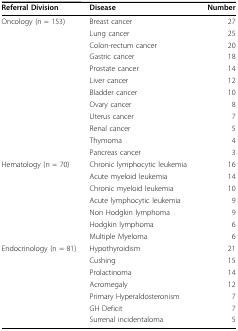
<table><thead><tr><td><b>Referral Division</b></td><td><b>Disease</b></td><td><b>Number</b></td></tr></thead><tbody><tr><td>Oncology (n = 153)</td><td>Breast cancer</td><td>27</td></tr><tr><td></td><td>Lung cancer</td><td>25</td></tr><tr><td></td><td>Colon-rectum cancer</td><td>20</td></tr><tr><td></td><td>Gastric cancer</td><td>18</td></tr><tr><td></td><td>Prostate cancer</td><td>14</td></tr><tr><td></td><td>Liver cancer</td><td>12</td></tr><tr><td></td><td>Bladder cancer</td><td>10</td></tr><tr><td></td><td>Ovary cancer</td><td>8</td></tr><tr><td></td><td>Uterus cancer</td><td>7</td></tr><tr><td></td><td>Renal cancer</td><td>5</td></tr><tr><td></td><td>Thymoma</td><td>4</td></tr><tr><td></td><td>Pancreas cancer</td><td>3</td></tr><tr><td>Hematology (n = 70)</td><td>Chronic lymphocytic leukemia</td><td>16</td></tr><tr><td></td><td>Acute myeloid leukemia</td><td>14</td></tr><tr><td></td><td>Chronic myeloid leukemia</td><td>10</td></tr><tr><td></td><td>Acute lymphocytic leukemia</td><td>9</td></tr><tr><td></td><td>Non Hodgkin lymphoma</td><td>9</td></tr><tr><td></td><td>Hodgkin lymphoma</td><td>6</td></tr><tr><td></td><td>Multiple Myeloma</td><td>6</td></tr><tr><td>Endocrinology (n = 81)</td><td>Hypothyroidism</td><td>21</td></tr><tr><td></td><td>Cushing</td><td>15</td></tr><tr><td></td><td>Prolactinoma</td><td>14</td></tr><tr><td></td><td>Acromegaly</td><td>12</td></tr><tr><td></td><td>Primary Hyperaldosteronism</td><td>7</td></tr><tr><td></td><td>GH Deficit</td><td>7</td></tr><tr><td></td><td>Surrenal incidentaloma</td><td>5</td></tr></tbody></table>